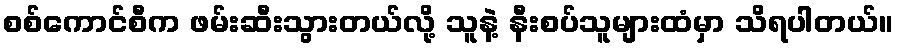
စစ်ကောင်စီက ဖမ်းဆီးသွားတယ်လို့ သူနဲ့ နီးစပ်သူများထံမှာ သိရပါတယ်။